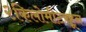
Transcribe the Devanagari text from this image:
२किलोमीटरहून